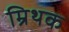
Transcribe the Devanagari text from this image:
म्रिथक